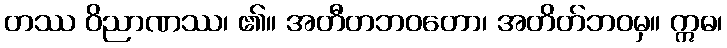
တဿ ဝိညာဏဿ၊ ၏။ အတီတဘဝတော၊ အတိတ်ဘဝမှ။ ဣဓ၊